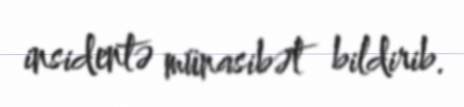
insidentə münasibət bildirib.